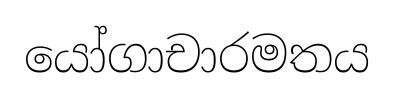
යෝගාචාරමතය